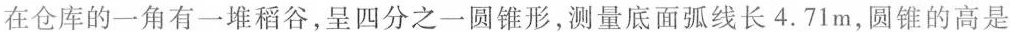
在仓库的一角有一堆稻谷，呈四分之一圆锥形，测量底面弧线长4.71m，圆锥的高是